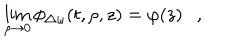
LaTeX: \lim _ { \rho \rightarrow 0 } \phi _ { \triangle \omega } ( t , \rho , z ) = \varphi ( z ) ,